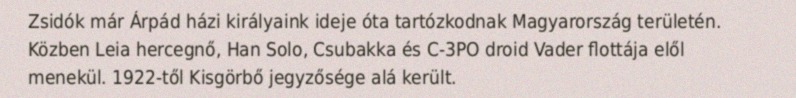
Zsidók már Árpád házi királyaink ideje óta tartózkodnak Magyarország területén. Közben Leia hercegnő, Han Solo, Csubakka és C-3PO droid Vader flottája elől menekül. 1922-től Kisgörbő jegyzősége alá került.